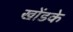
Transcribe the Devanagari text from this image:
खोंडके